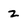
Character: 2